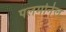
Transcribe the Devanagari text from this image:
पलमोनेल